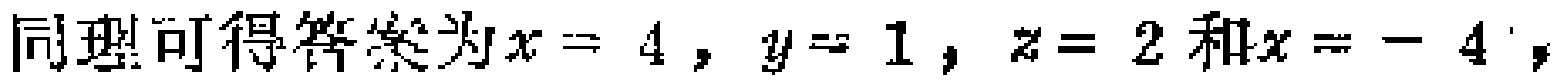
同理可得答案为\(x = 4 , y = 1 , z = 2\)和\(x = - 4\)，